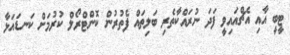
ޓީބީ އާއި އެޗްއައިވީ ފަދަ ނުރައްކާތެރި ބަލިތައް ފެތުރުން ކޮންޓްރޯލް ކުރުމަށް ކަނޑައަޅާ